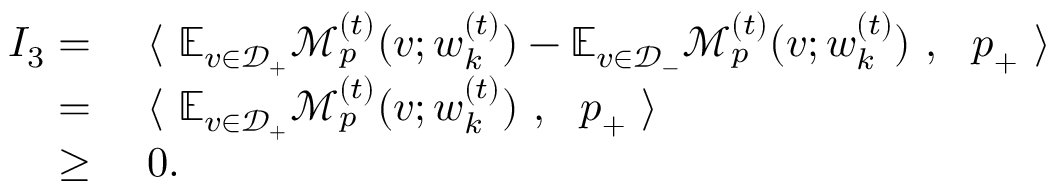
\begin{array} { r l } { I _ { 3 } = } & { ~ \langle ~ \mathbb { E } _ { v \in \mathcal { D } _ { + } } \mathcal { M } _ { p } ^ { ( t ) } ( v ; { \boldsymbol w } _ { k } ^ { ( t ) } ) - \mathbb { E } _ { v \in \mathcal { D } _ { - } } \mathcal { M } _ { p } ^ { ( t ) } ( v ; { \boldsymbol w } _ { k } ^ { ( t ) } ) ~ , ~ ~ { \boldsymbol p } _ { + } ~ \rangle } \\ { = } & { ~ \langle ~ \mathbb { E } _ { v \in \mathcal { D } _ { + } } \mathcal { M } _ { p } ^ { ( t ) } ( v ; { \boldsymbol w } _ { k } ^ { ( t ) } ) ~ , ~ ~ { \boldsymbol p } _ { + } ~ \rangle } \\ { \ge } & { ~ 0 . } \end{array}